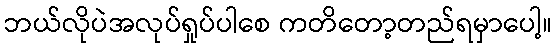
ဘယ်လိုပဲအလုပ်ရှုပ်ပါစေ ကတိတော့တည်ရမှာပေါ့။